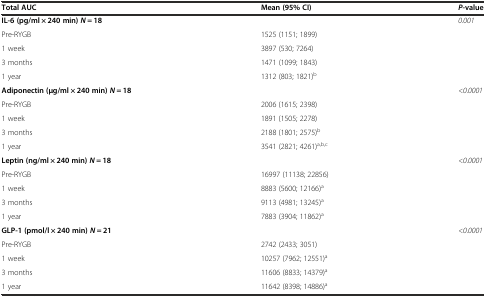
<table><thead><tr><td><b>Total AUC</b></td><td><b>Mean (95% CI)</b></td><td><b><i>P</i>-value</b></td></tr></thead><tbody><tr><td><b>IL-6 (pg/ml × 240 min)</b><b><i>N</i></b> <b>= 18</b></td><td></td><td><i>0.001</i></td></tr><tr><td>Pre-RYGB</td><td>1525 (1151; 1899)</td><td></td></tr><tr><td>1 week</td><td>3897 (530; 7264)</td><td></td></tr><tr><td>3 months</td><td>1471 (1099; 1843)</td><td></td></tr><tr><td>1 year</td><td>1312 (803; 1821)<sup>b</sup></td><td></td></tr><tr><td><b>Adiponectin (μg/ml × 240 min)</b><b><i>N</i></b> <b>= 18</b></td><td></td><td><i>&lt;0.0001</i></td></tr><tr><td>Pre-RYGB</td><td>2006 (1615; 2398)</td><td></td></tr><tr><td>1 week</td><td>1891 (1505; 2278)</td><td></td></tr><tr><td>3 months</td><td>2188 (1801; 2575)<sup>b</sup></td><td></td></tr><tr><td>1 year</td><td>3541 (2821; 4261)<sup>a,b,c</sup></td><td></td></tr><tr><td><b>Leptin (ng/ml × 240 min)</b><b><i>N</i></b> <b>= 18</b></td><td></td><td><i>&lt;0.0001</i></td></tr><tr><td>Pre-RYGB</td><td>16997 (11138; 22856)</td><td></td></tr><tr><td>1 week</td><td>8883 (5600; 12166)<sup>a</sup></td><td></td></tr><tr><td>3 months</td><td>9113 (4981; 13245)<sup>a</sup></td><td></td></tr><tr><td>1 year</td><td>7883 (3904; 11862)<sup>a</sup></td><td></td></tr><tr><td><b>GLP-1 (pmol/l × 240 min)</b><b><i>N</i></b> <b>= 21</b></td><td></td><td><i>&lt;0.0001</i></td></tr><tr><td>Pre-RYGB</td><td>2742 (2433; 3051)</td><td></td></tr><tr><td>1 week</td><td>10257 (7962; 12551)<sup>a</sup></td><td></td></tr><tr><td>3 months</td><td>11606 (8833; 14379)<sup>a</sup></td><td></td></tr><tr><td>1 year</td><td>11642 (8398; 14886)<sup>a</sup></td><td></td></tr></tbody></table>